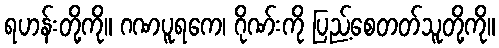
ရဟန်းတို့ကို။ ဂဏပူရကေ၊ ဂိုဏ်းကို ပြည့်စေတတ်သူတို့ကို။